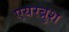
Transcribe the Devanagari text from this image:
एयरब्रुश